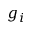
g _ { i }